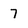
Character: 7